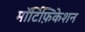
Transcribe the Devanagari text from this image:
मॉर्टिफ़िकेशन